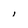
Character: l